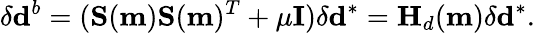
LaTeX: \mathbf{\delta}\mathbf{d}^{b}=(\mathbf{S}(\mathbf{m})\mathbf{S}(\mathbf{m})^{T}+\mu\mathbf{I})\delta\mathbf{d}^{*}=\mathbf{H}_{d}(\mathbf{m})\delta\mathbf{d}^{*}.